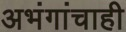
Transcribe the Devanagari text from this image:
अभंगांचाही